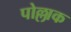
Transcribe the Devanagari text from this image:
पोल्लाक